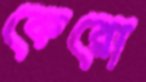
কেরো